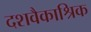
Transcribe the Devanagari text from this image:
दशवैकाश्रिक